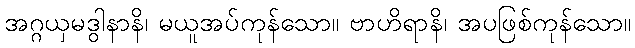
အဂ္ဂယှမဒွါနာနိ၊ မယူအပ်ကုန်သော။ ဗာဟိရာနိ၊ အပဖြစ်ကုန်သော။